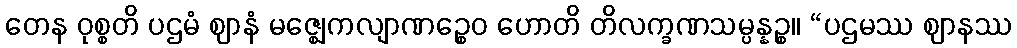
တေန ဝုစ္စတိ ပဌမံ ဈာနံ မဇ္ဈေကလျာဏဉ္စေဝ ဟောတိ တိလက္ခဏသမ္ပန္နဉ္စ။ “ပဌမဿ ဈာနဿ